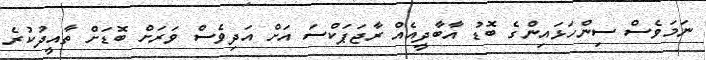
ނަމަވެސް ސިންހަޅައިންގެ ބޮޑު އާބާދީއެއް ރާޖަޕަކްސަ އަށް އަދިވެސް ވަރަށް ބޮޑަށް ތާއީދުކުރެ